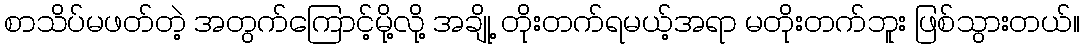
စာသိပ်မဖတ်တဲ့ အတွက်ကြောင့်မို့လို့ အချို့ တိုးတက်ရမယ့်အရာ မတိုးတက်ဘူး ဖြစ်သွားတယ်။